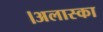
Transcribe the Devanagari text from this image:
।अलास्का